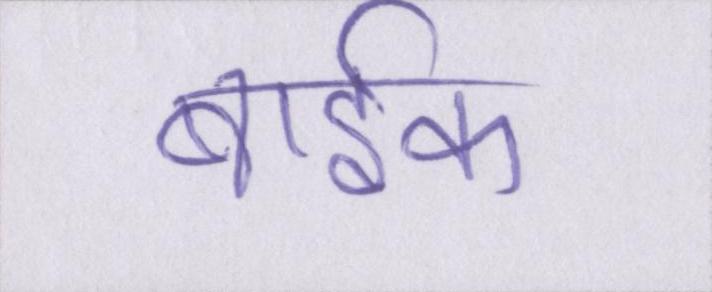
बार्इक